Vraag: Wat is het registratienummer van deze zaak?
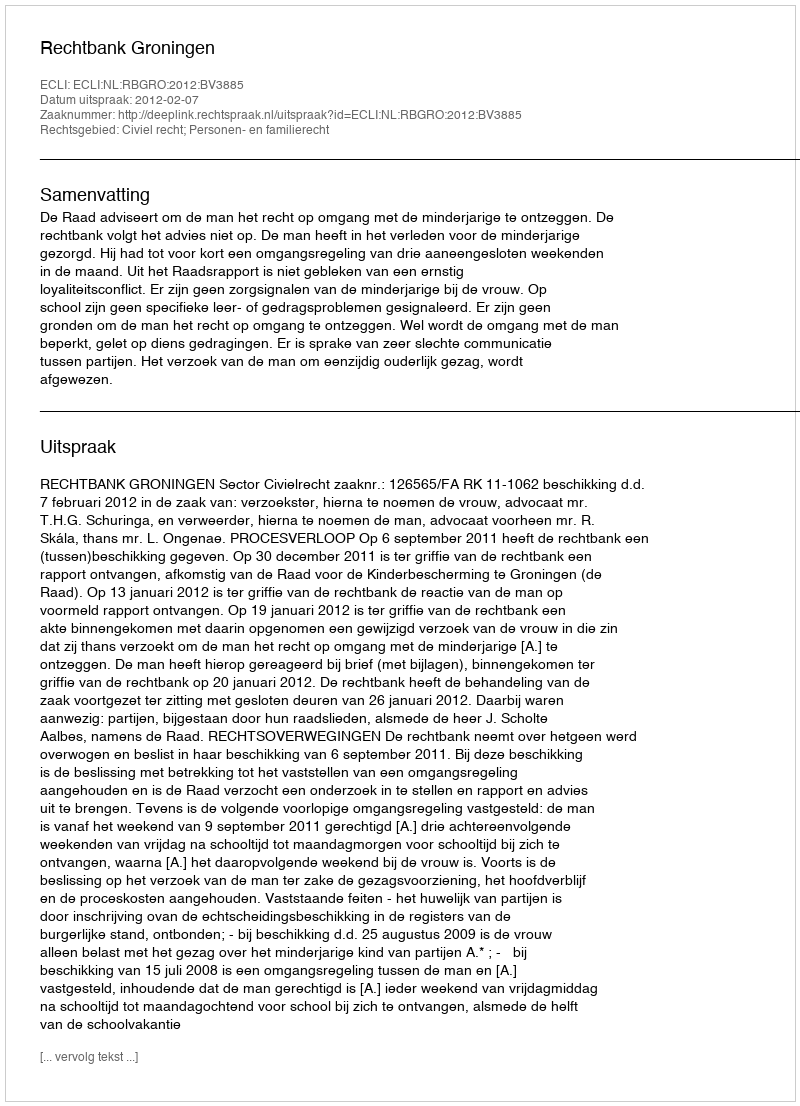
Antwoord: http://deeplink.rechtspraak.nl/uitspraak?id=ECLI:NL:RBGRO:2012:BV3885